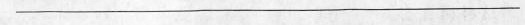
___